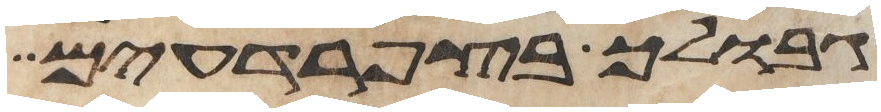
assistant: גבולך בצפרדעים